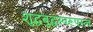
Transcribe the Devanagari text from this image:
शुद्धबुद्धस्वरूपस्त्वं